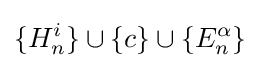
\{H_{n}^{i}\}\cup \{c\}\cup \{E_{n}^{\alpha }\}